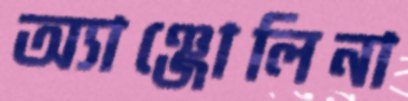
অ্যাঞ্জোলিনা